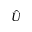
\hat { U }